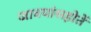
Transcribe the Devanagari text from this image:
जावयांसहोतें